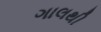
ગાલથી